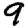
Digit: 9